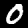
Digit: 0